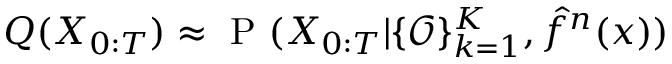
Q ( X _ { 0 : T } ) \approx \mathrm { ~ P ~ } ( X _ { 0 : T } | \{ \mathcal { O } \} _ { k = 1 } ^ { K } , \hat { f } ^ { n } ( x ) )